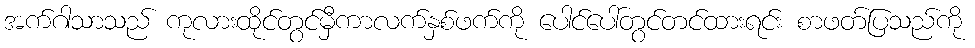
အက်ဂါသာသည် ကုလားထိုင်တွင်မှီကာလက်နှစ်ဖက်ကို ပေါင်ပေါ်တွင်တင်ထားရင်း စာဖတ်ပြသည်ကို